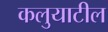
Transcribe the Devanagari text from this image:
कलुयाटील